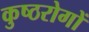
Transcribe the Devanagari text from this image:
कुष्ठरोगों